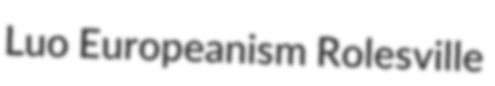
Luo Europeanism Rolesville